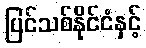
ပြင်သစ်နိုင်ငံနှင့်